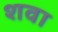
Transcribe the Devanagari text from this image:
शवा